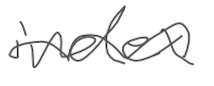
Text: index
Cross-out: wave
Writing tool: digital_gray